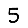
Digit: 5